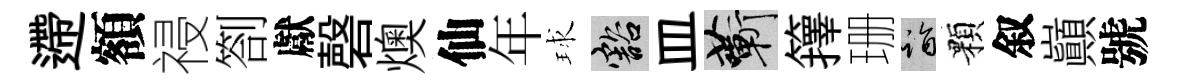
遰額祲劄獻磬燠仙年球豁皿蔪籜珊诣顆叙巔號